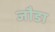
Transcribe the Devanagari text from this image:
जौडा